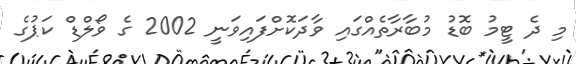
މި ދެ ޓީމު ބޮޑު މުބާރާތެއްގައި ވާދަކޮށްފައިވަނީ 2002 ގެ ވޯލްޑް ކަޕުގެ